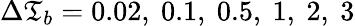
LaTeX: \Delta\mathfrak{T}_{b}=0.02,\ 0.1,\ 0.5,\ 1,\ 2,\ 3